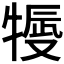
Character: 𤚿